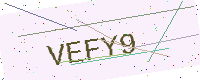
Text: VEFY9